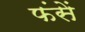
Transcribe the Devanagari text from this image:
फंसें